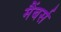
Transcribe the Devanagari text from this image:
मैंबर्स